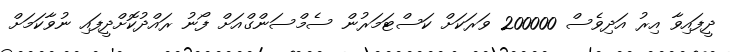
ދީފައިވާ އިރު އަދިވެސް 200000 ވަރަކަށް ކަސްޓަމަރުން ސެމްސަންގްއަށް ފޯނު ރައްދުކޮށްދީފައި ނުވާކަމަށް